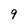
Character: 9